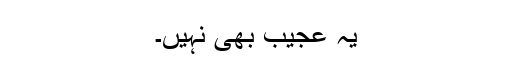
یہ عجیب بھی نہیں۔